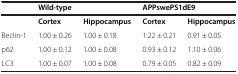
|  | <COLSPAN=2> Wild-type | <COLSPAN=2> APPswePS1dE9 |
 | --- | --- | --- | --- | --- |
 |  | Cortex | Hippocampus | Cortex | Hippocampus |
 | Beclin-1 | 1.00 ± 0.26 | 1.00 ± 0.18 | 1.22 ± 0.21 | 0.91 ± 0.05 |
 | p62 | 1.00 ± 0.12 | 1.00 ± 0.08 | 0.93 ± 0.12 | 1.10 ± 0.06 |
 | LC3 | 1.00 ± 0.07 | 1.00 ± 0.08 | 0.79 ± 0.05 | 0.82 ± 0.09 |